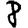
Digit: 8